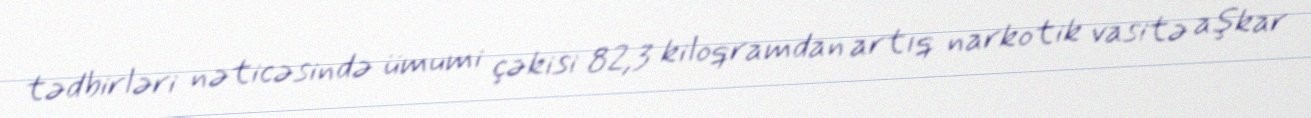
tədbirləri nəticəsində ümumi çəkisi 82,3 kiloqramdan artıq narkotik vasitə aşkar